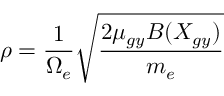
\rho = \frac { 1 } { \Omega _ { e } } \sqrt { \frac { 2 \mu _ { g y } B ( X _ { g y } ) } { m _ { e } } }